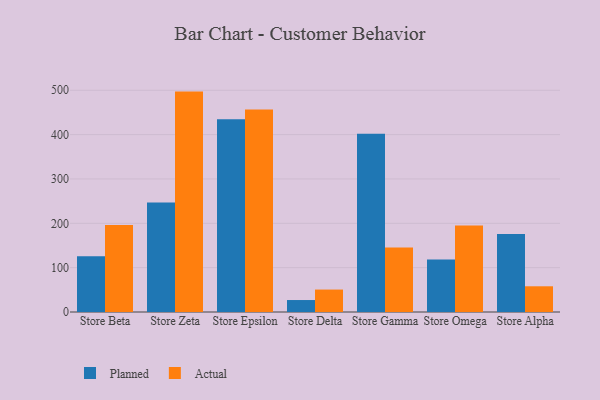
{"axis": {"x": "Store", "y": "Website Visitors"}, "legend": ["Actual", "Planned"], "data": [{"x": "Store Beta", "y": 125.8, "type": "Planned"}, {"x": "Store Beta", "y": 196.0, "type": "Actual"}, {"x": "Store Zeta", "y": 247.1, "type": "Planned"}, {"x": "Store Zeta", "y": 497.0, "type": "Actual"}, {"x": "Store Epsilon", "y": 434.5, "type": "Planned"}, {"x": "Store Epsilon", "y": 456.9, "type": "Actual"}, {"x": "Store Delta", "y": 27.0, "type": "Planned"}, {"x": "Store Delta", "y": 50.6, "type": "Actual"}, {"x": "Store Gamma", "y": 401.8, "type": "Planned"}, {"x": "Store Gamma", "y": 145.5, "type": "Actual"}, {"x": "Store Omega", "y": 118.6, "type": "Planned"}, {"x": "Store Omega", "y": 194.9, "type": "Actual"}, {"x": "Store Alpha", "y": 175.8, "type": "Planned"}, {"x": "Store Alpha", "y": 58.0, "type": "Actual"}]}